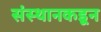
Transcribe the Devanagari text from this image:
संस्थानकडून